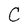
Character: C